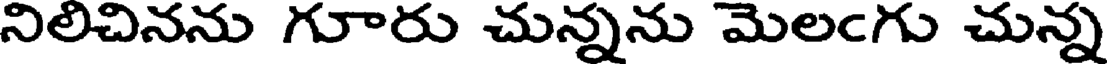
నిలిచినను గూరు చున్నను మెలఁగు చున్న